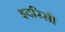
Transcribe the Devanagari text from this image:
इदरिसी